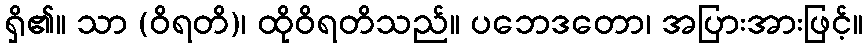
ရှိ၏။ သာ (ဝိရတိ)၊ ထိုဝိရတိသည်။ ပဘေဒတော၊ အပြားအားဖြင့်။